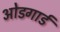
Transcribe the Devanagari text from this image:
ओडगार्ड